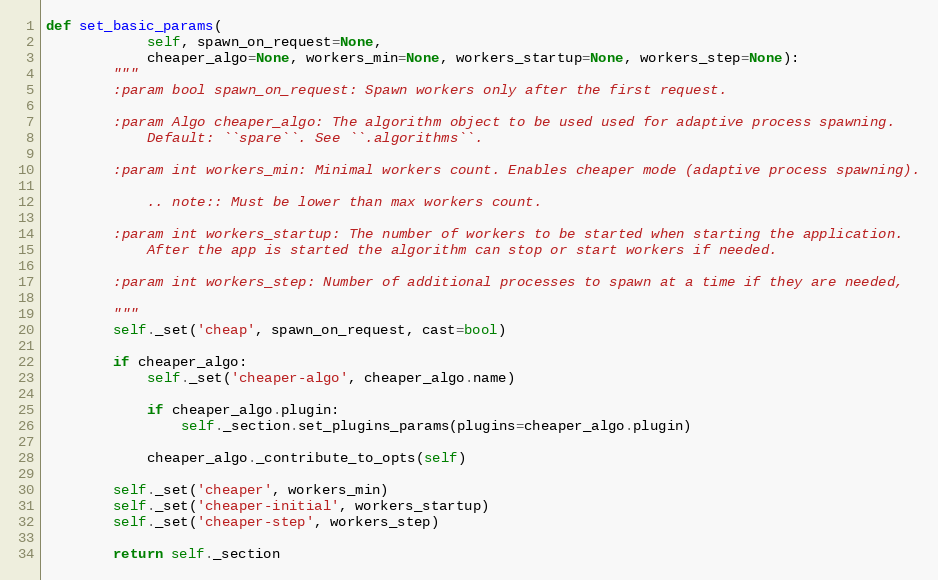
Language: Python
def set_basic_params(
            self, spawn_on_request=None,
            cheaper_algo=None, workers_min=None, workers_startup=None, workers_step=None):
        """
        :param bool spawn_on_request: Spawn workers only after the first request.

        :param Algo cheaper_algo: The algorithm object to be used used for adaptive process spawning.
            Default: ``spare``. See ``.algorithms``.

        :param int workers_min: Minimal workers count. Enables cheaper mode (adaptive process spawning).

            .. note:: Must be lower than max workers count.

        :param int workers_startup: The number of workers to be started when starting the application.
            After the app is started the algorithm can stop or start workers if needed.

        :param int workers_step: Number of additional processes to spawn at a time if they are needed,

        """
        self._set('cheap', spawn_on_request, cast=bool)

        if cheaper_algo:
            self._set('cheaper-algo', cheaper_algo.name)

            if cheaper_algo.plugin:
                self._section.set_plugins_params(plugins=cheaper_algo.plugin)

            cheaper_algo._contribute_to_opts(self)

        self._set('cheaper', workers_min)
        self._set('cheaper-initial', workers_startup)
        self._set('cheaper-step', workers_step)

        return self._section